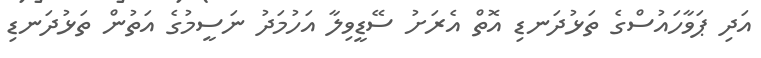
އަދި ޕަވާހައުސްގެ ތަޅުދަނޑި އޮތް އެރަށު ސޭޑީވިލާ އަހުމަދު ނަސީމުގެ އަތުން ތަޅުދަނޑި